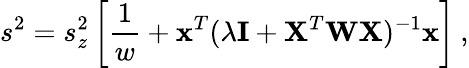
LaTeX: s^{2}=s_{z}^{2}\left[\frac{1}{w}+\textbf{x}^{T}(\lambda\textbf{I}+\textbf{X}^{T}\textbf{W}\textbf{X})^{-1}\textbf{x}\right]\: ,